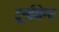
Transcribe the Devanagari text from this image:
टूर्नामेन्ट